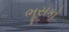
ભૂસકો